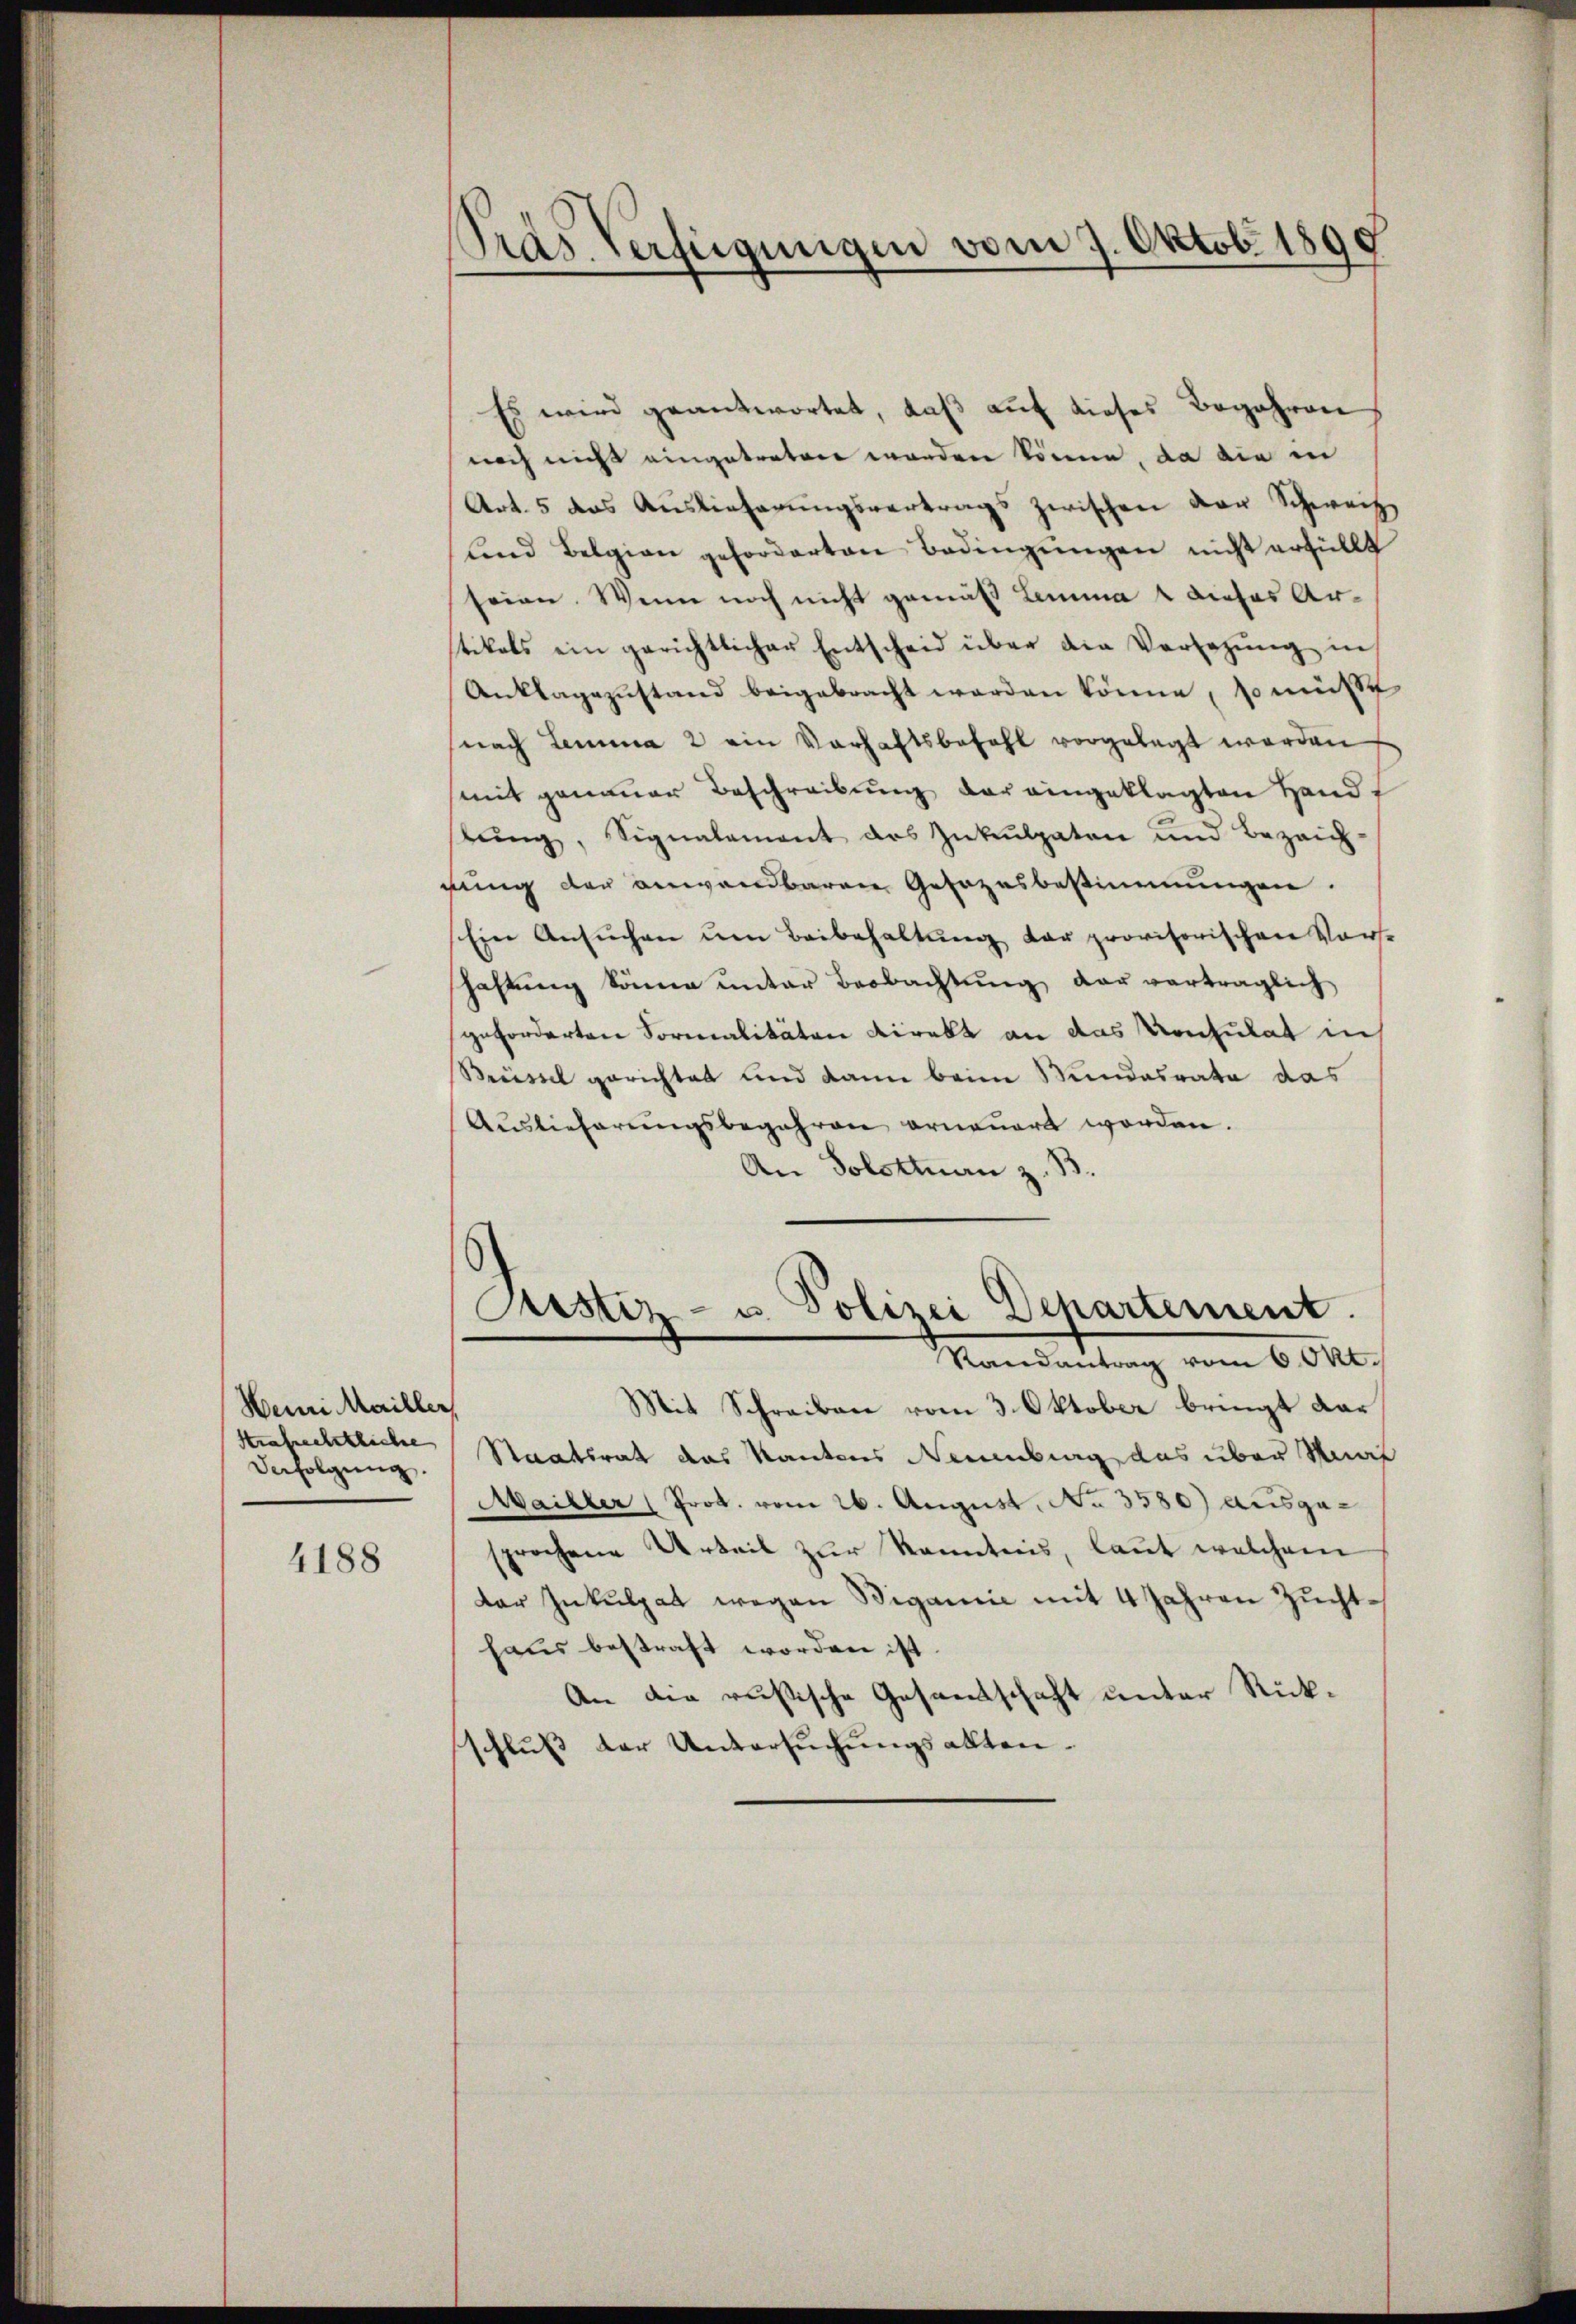
Henri Mailler,
Strafrechtliche
Derfolgung.

4188

das Verfügungen vom 7. Oktobr. 1890

Es wird geantwortet, daβ aŭf dieses Begehren
noch nicht eingetreten worden könne, da die in
Art. 5 das Auslieferungsvertrags zwischen der Schwach
und Belgien geforderten Bedingŭngen nicht erfüllt
seien. Wenn noch nicht gemäß Lemma 2 dieses Ar-
tikals ein gerichtlicher Entscheid über die Vorlegŭng in
Anklagezustand beigebracht werden könne, so müßt
nach Lemma 2 ein Verhaftsbezahl vorgelegt werden
mit genauer Beschreibŭng der eingeklagten Hand
bung, Signalement des Inkulpaten und Bezeich-
gung der anwendbaren Gesezesbestimmungen.
Ein Ansŭchen um Beibehaltŭng der provisorischen Vorst
hastung könne unter Beobachtung der verträglich
geforderten Formalitäten Direkt an das Konsulat in
Rüssel gerichtet und kann beim Stundesrata das
Aŭslieferŭngsbegehren erneŭert worden.
An Solottan z. B.

Justiz- u. Polizei Departement.
Randantrag vom 6. Okt.

Mit Schreiben vom 3. Oktober bringt dar
Staatsrat das Kantons Neuenburg das über Saal
Mailler (Prok. vom 26. August, No 3580) ausgesprochene Urteil zur Kenntnis, laut welchem
Der Inkulpat wegen Bigamie mit 4 Jahren Zuchthaus bestraft worden ist.
An die russische Gesandtschaft unter Rückschluss der Untersuchungsakten.